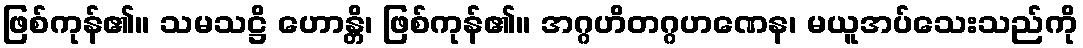
ဖြစ်ကုန်၏။ သမသဋ္ဌိ ဟောန္တိ၊ ဖြစ်ကုန်၏။ အဂ္ဂဟိတဂ္ဂဟဏေန၊ မယူအပ်သေးသည်ကို